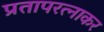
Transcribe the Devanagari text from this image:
प्रतापरत्नाकर